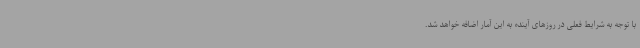
با توجه به شرایط فعلی در روزهای آینده به این آمار اضافه خواهد شد.